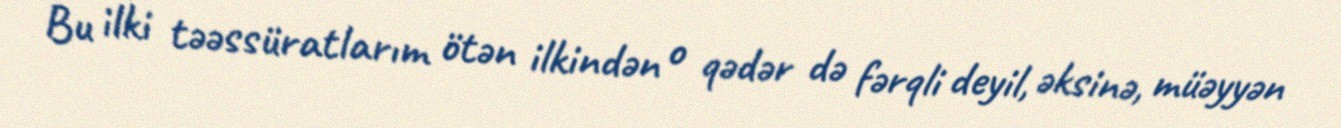
Bu ilki təəssüratlarım ötən ilkindən o qədər də fərqli deyil, əksinə, müəyyən